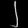
Digit: ၂